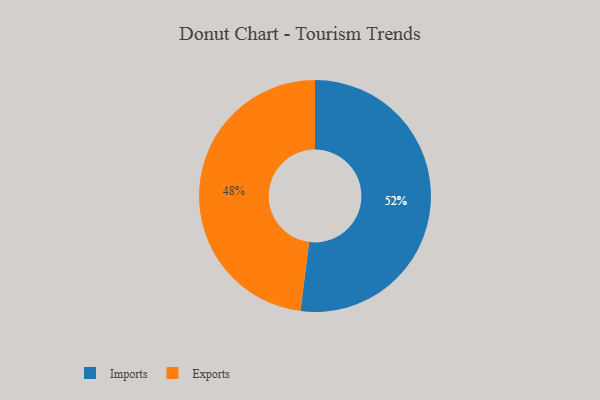
{"axis": {"x": "Category", "y": "Percentage"}, "legend": ["Exports", "Imports"], "data": [{"x": "Exports", "y": 48, "type": "Exports"}, {"x": "Imports", "y": 52, "type": "Imports"}]}